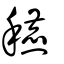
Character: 穮